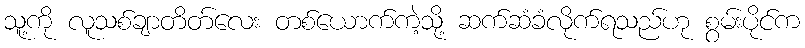
သူ့ကို လူသစ်ချာတိတ်လေး တစ်ယောက်ကဲ့သို့ ဆက်ဆံခံလိုက်ရသည်ဟု စွမ်းပိုင်က